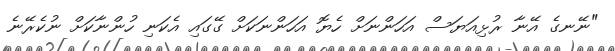
"ނޭނގެ އޭނާ ރުޅިއަޔަސް އަހަންނަށް ހެޔޮ އަހަންނަކަށް ގޭގައި އެކަނި ހުންނާކަށް ނުކެރޭނެ